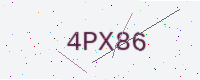
Text: 4PX86